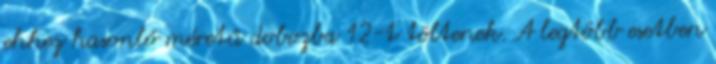
ehhez hasonló méretű dobozba 12-t töltenek. A legtöbb esetben